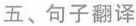
五、句子翻译